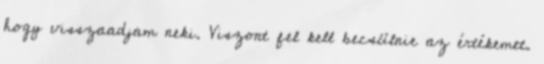
hogy visszaadjam neki. Viszont fel kell becsülnie az értékemet.